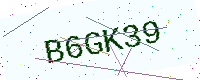
Text: B6GK39